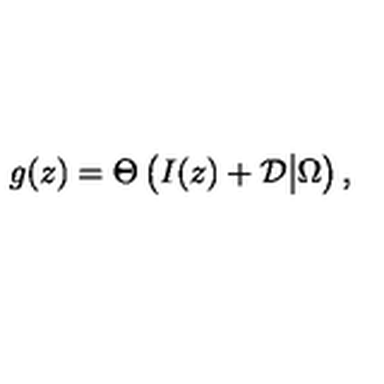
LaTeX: g ( z ) = \Theta \left( I ( z ) + { \cal D } \big | \Omega \right) ,